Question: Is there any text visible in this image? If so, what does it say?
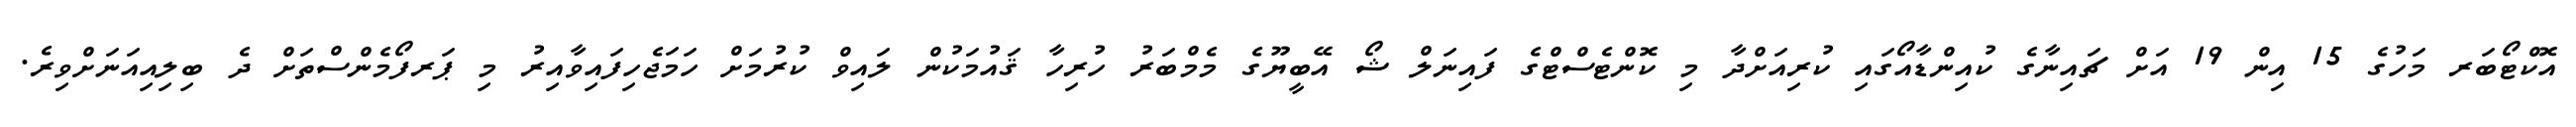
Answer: އޮކްޓޯބަރ މަހުގެ 15 އިން 19 އަށް ޗައިނާގެ ކުއިންޑާއޯގައި ކުރިއަށްދާ މި ކޮންޓެސްޓްގެ ފައިނަލް ޝޯ އޭބީޔޫގެ މެމްބަރު ހުރިހާ ޤައުމަކުން ލައިވް ކުރުމަށް ހަމަޖެހިފައިވާއިރު މި ޕަރފޯމެންސްތަށް ދެ ބިލިއިއަނަށްވިރެ.